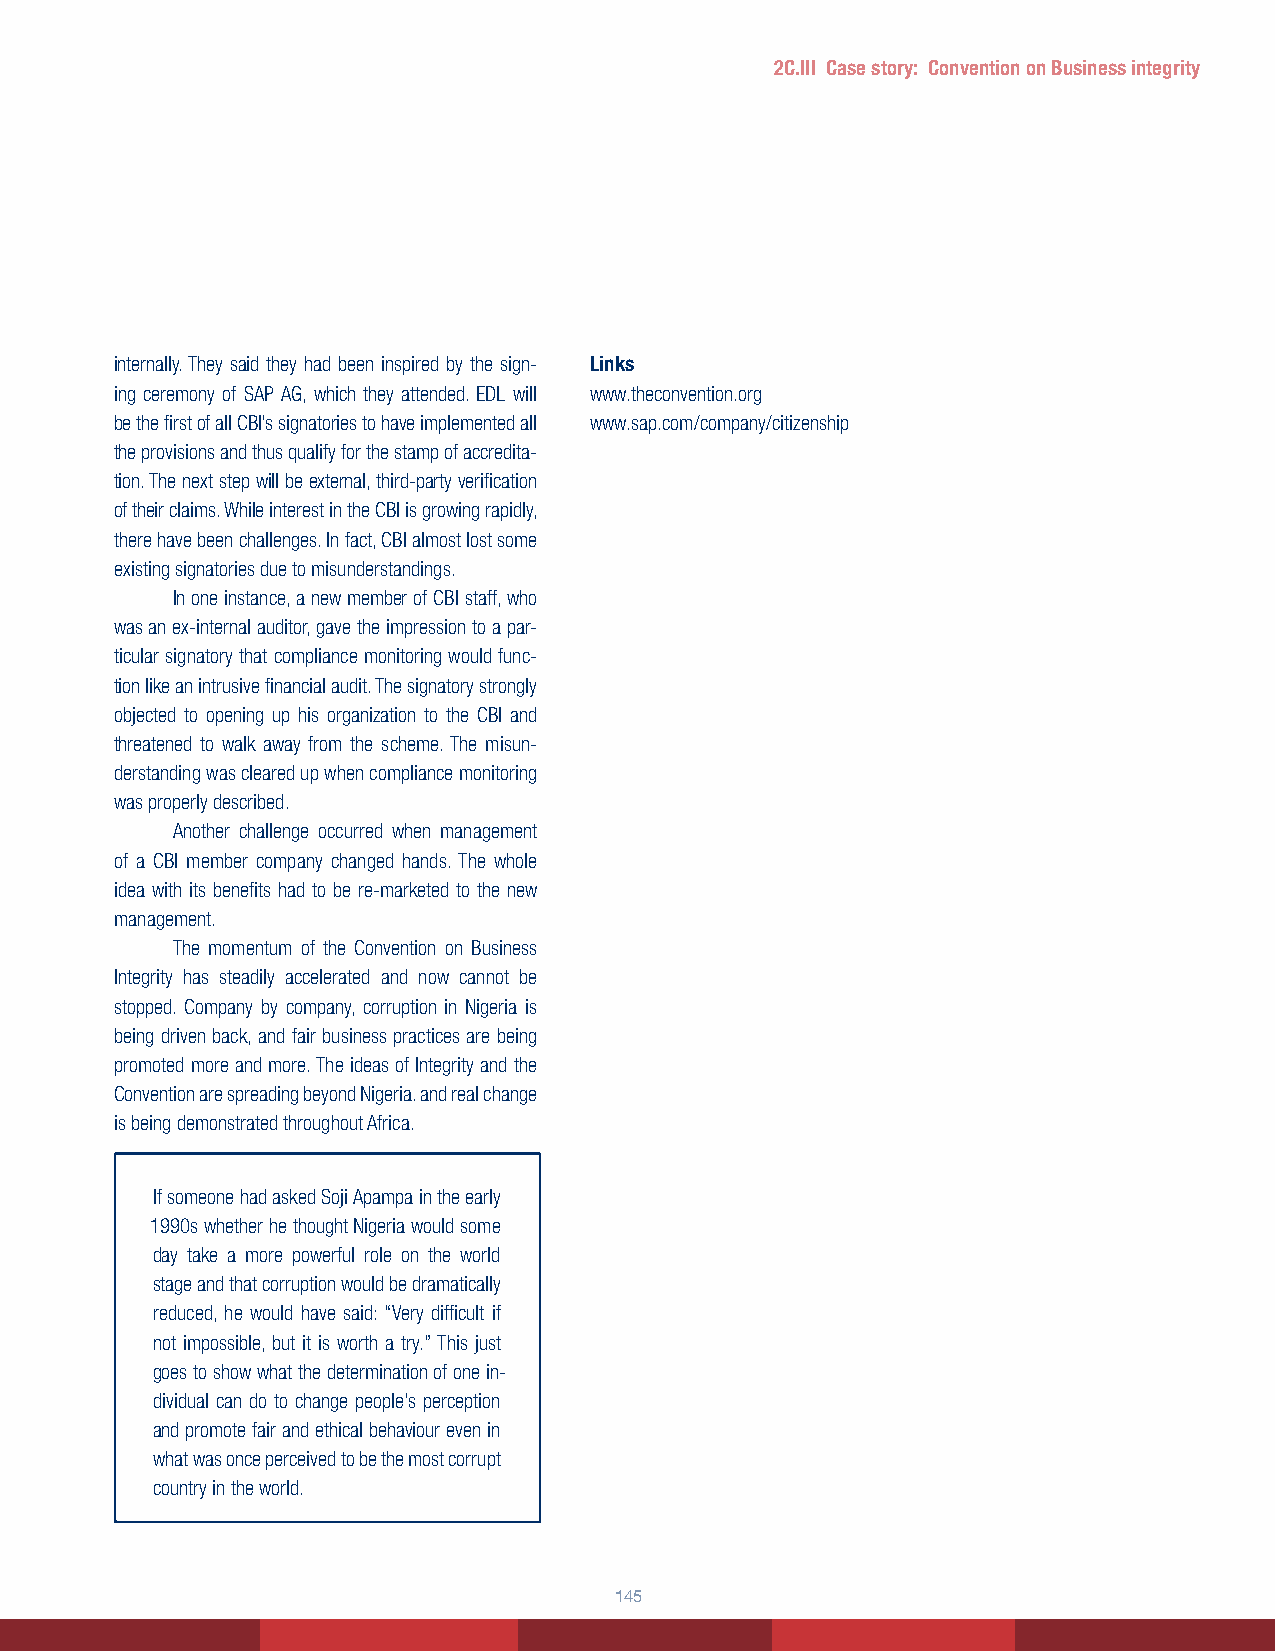
2C.III Case story: Convention on Business integrity
 internally. They said they had been inspired by the sign- Links
 ing ceremony of SAP AG, which they attended. EDL will www.theconvention.org
 be the first of all CBI’s signatories to have implemented all www.sap.com/company/citizenship
 the provisions and thus qualify for the stamp of accredita-
 tion. The next step will be external, third-party verification
 of their claims. While interest in the CBI is growing rapidly,
 there have been challenges. In fact, CBI almost lost some
 existing signatories due to misunderstandings.
 In one instance, a new member of CBI staff, who
 was an ex-internal auditor, gave the impression to a par-
 ticular signatory that compliance monitoring would func-
 tion like an intrusive financial audit. The signatory strongly
 objected to opening up his organization to the CBI and
 threatened to walk away from the scheme. The misun-
 derstanding was cleared up when compliance monitoring
 was properly described.
 Another challenge occurred when management
 of a CBI member company changed hands. The whole
 idea with its benefits had to be re-marketed to the new
 management.
 The momentum of the Convention on Business
 Integrity has steadily accelerated and now cannot be
 stopped. Company by company, corruption in Nigeria is
 being driven back, and fair business practices are being
 promoted more and more. The ideas of Integrity and the
 Convention are spreading beyond Nigeria. and real change
 is being demonstrated throughout Africa.
 If someone had asked Soji Apampa in the early
 1990s whether he thought Nigeria would some
 day take a more powerful role on the world
 stage and that corruption would be dramatically
 reduced, he would have said: “Very difficult if
 not impossible, but it is worth a try.” This just
 goes to show what the determination of one in-
 dividual can do to change people’s perception
 and promote fair and ethical behaviour even in
 what was once perceived to be the most corrupt
 country in the world.
 145